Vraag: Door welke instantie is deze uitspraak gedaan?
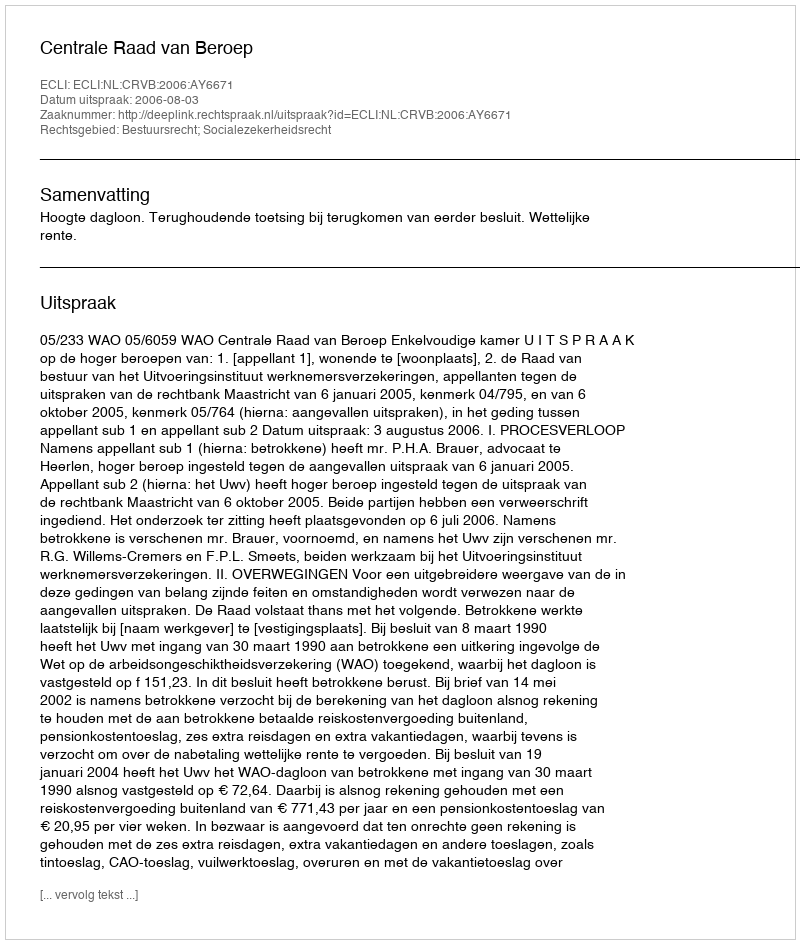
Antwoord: Centrale Raad van Beroep